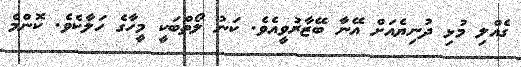
ގެއްލި މުޅި ދުނިޔެއަށް އޭނާ ބޭޒާރުވީއެވެ. ކަނު ލޯތްބަކީ މީހާގެ ހަލާކެވެ. ކޮންމެ